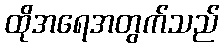
ထိုအရေအတွက်သည်